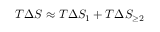
T \Delta S \approx T \Delta S _ { 1 } + T \Delta S _ { \geq 2 }